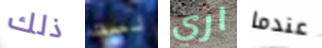
ذلك لست اري عندما